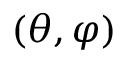
( \theta , \varphi )